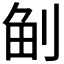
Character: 𠜪